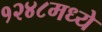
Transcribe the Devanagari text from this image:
१२४८मध्ये